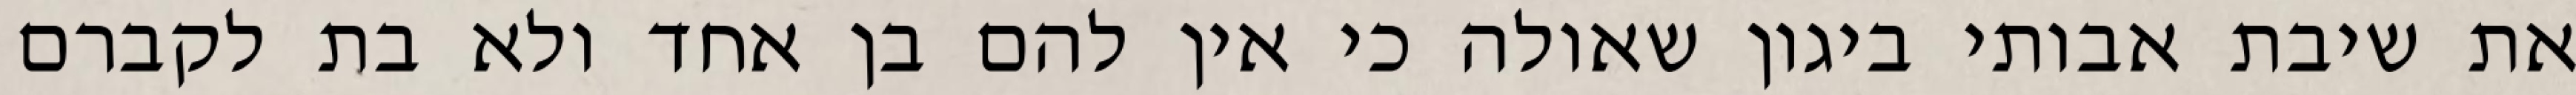
את שיבת אבותי ביגון שאולה כי אין להם בן אחד ולא בת לקברם